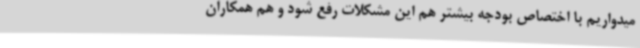
میدواریم با اختصاص بودجه بیشتر هم این مشکلات رفع شود و هم همکاران